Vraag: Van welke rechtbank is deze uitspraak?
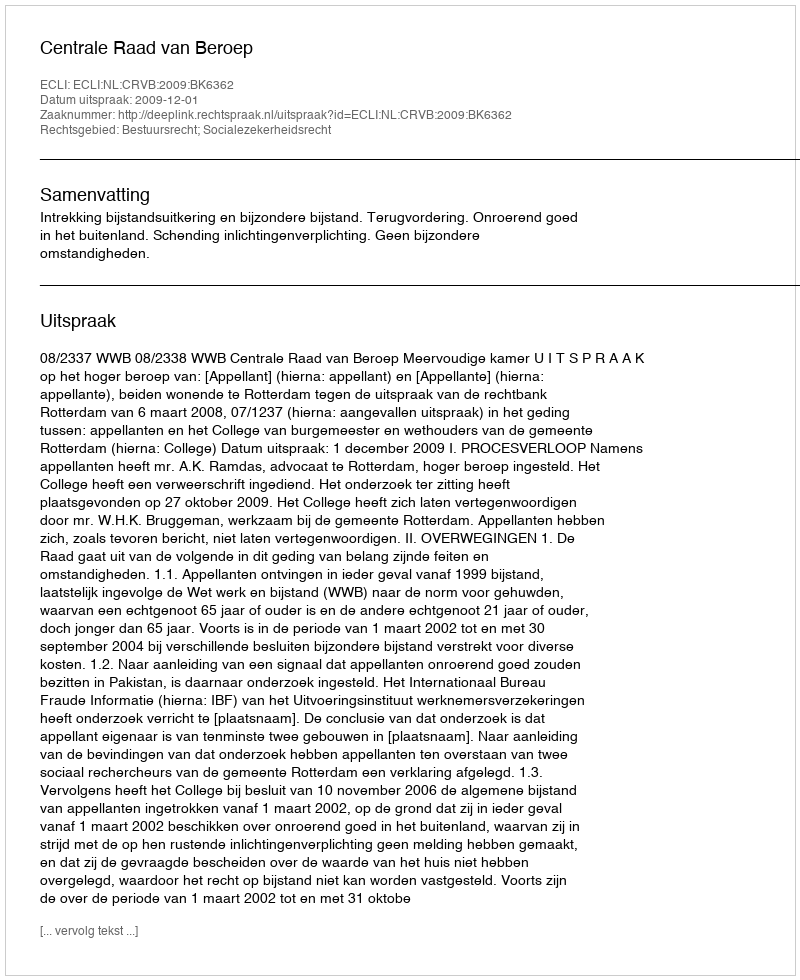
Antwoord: Centrale Raad van Beroep